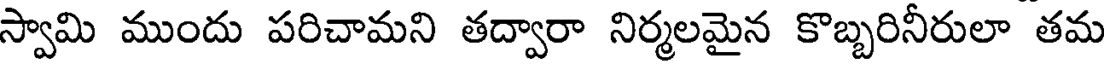
స్వామి ముందు పరిచామని తద్వారా నిర్మలమైన కొబ్బరినీరులా తమ